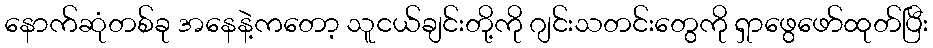
နောက်ဆုံတစ်ခု အနေနဲ့ကတော့ သူငယ်ချင်းတို့ကို ဂျင်းသတင်းတွေကို ရှာဖွေဖော်ထုတ်ပြီး